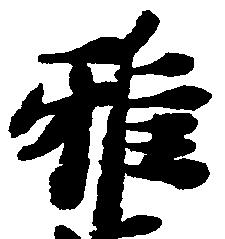
雅